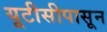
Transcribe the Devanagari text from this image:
यूटीसीपासून